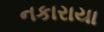
નકારાયા